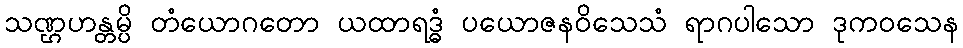
သဏ္ဌဟန္တမ္ပိ တံယောဂတော ယထာရဒ္ဓံ ပယောဇနဝိသေသံ ရာဂပါသော ဒုကဝသေန